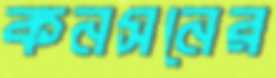
কনসনের